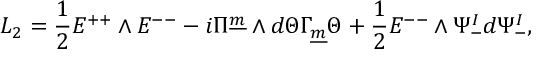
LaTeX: { \cal L } _ { 2 } = { \frac { 1 } { 2 } } E ^ { + + } \wedge E ^ { -- } - i \Pi ^ { \underline { { { m } } } } \wedge d \Theta \Gamma _ { \underline { { { m } } } } \Theta + { \frac { 1 } { 2 } } E ^ { -- } \wedge \Psi _ { - } ^ { I } d \Psi _ { - } ^ { I } , \qquad